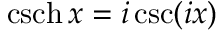
\operatorname { c s c h } x = i \csc ( i x )